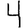
Digit: 4